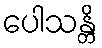
ပေါသန္တိ